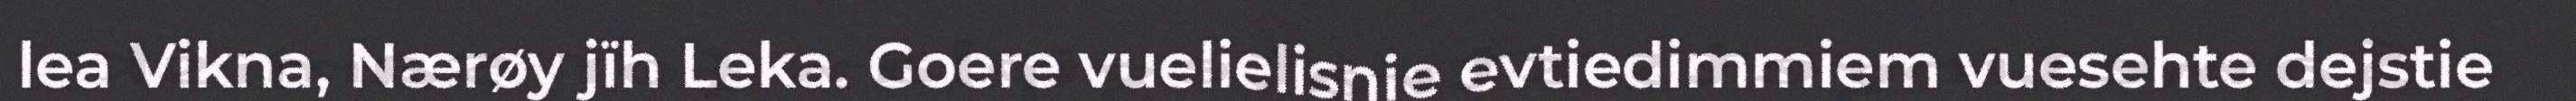
lea Vikna, Nærøy jïh Leka. Goere vuelielisnie evtiedimmiem vuesehte dejstie